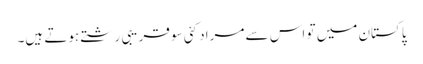
پاکستان میں تو اس سے مراد کئی سو قریبی رشتے ہوتے ہیں۔